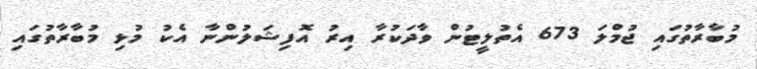
މުބާރާތުގައި ޖުމްލަ 673 އެތުލީޓުން ވާދަކުރާ އިރު އޮފިޝަލުންނާ އެކު މުޅި މުބާރާތުގައި